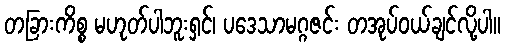
တခြားကိစ္စ မဟုတ်ပါဘူးရှင်၊ ပဒေသာမဂ္ဂဇင်း တအုပ်ဝယ်ချင်လို့ပါ။